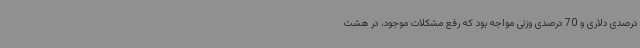
درصدی دلاری و 70 درصدی وزنی مواجه بود که رفع مشکلات موجود، در هشت